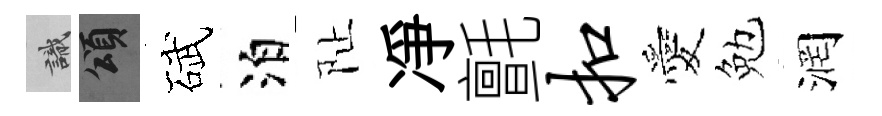
識頌碔泊阯凈氈扣愛勉润